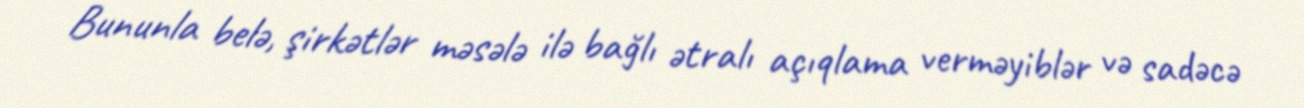
Bununla belə, şirkətlər məsələ ilə bağlı ətralı açıqlama verməyiblər və sadəcə